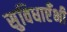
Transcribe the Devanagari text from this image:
सुविधाएँभी